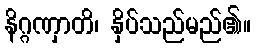
နိဂ္ဂဏှာတိ၊ နှိပ်သည်မည်၏။